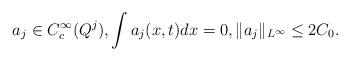
LaTeX: \begin{align*}a_j \in C_c^\infty(Q^{j}), \int a_j(x,t)dx=0, \|a_j\|_{L^\infty} \leq 2C_0. \end{align*}